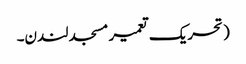
( تحریک تعمیر مسجد لندن۔